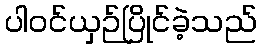
ပါဝင်ယှဉ်ပြိုင်ခဲ့သည်